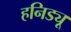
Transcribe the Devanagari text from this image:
हनिड्यू